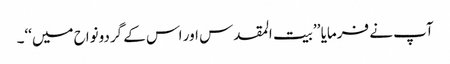
آپ نے فرمایا ’’بیت المقدس اور اس کے گردونواح میں‘‘۔